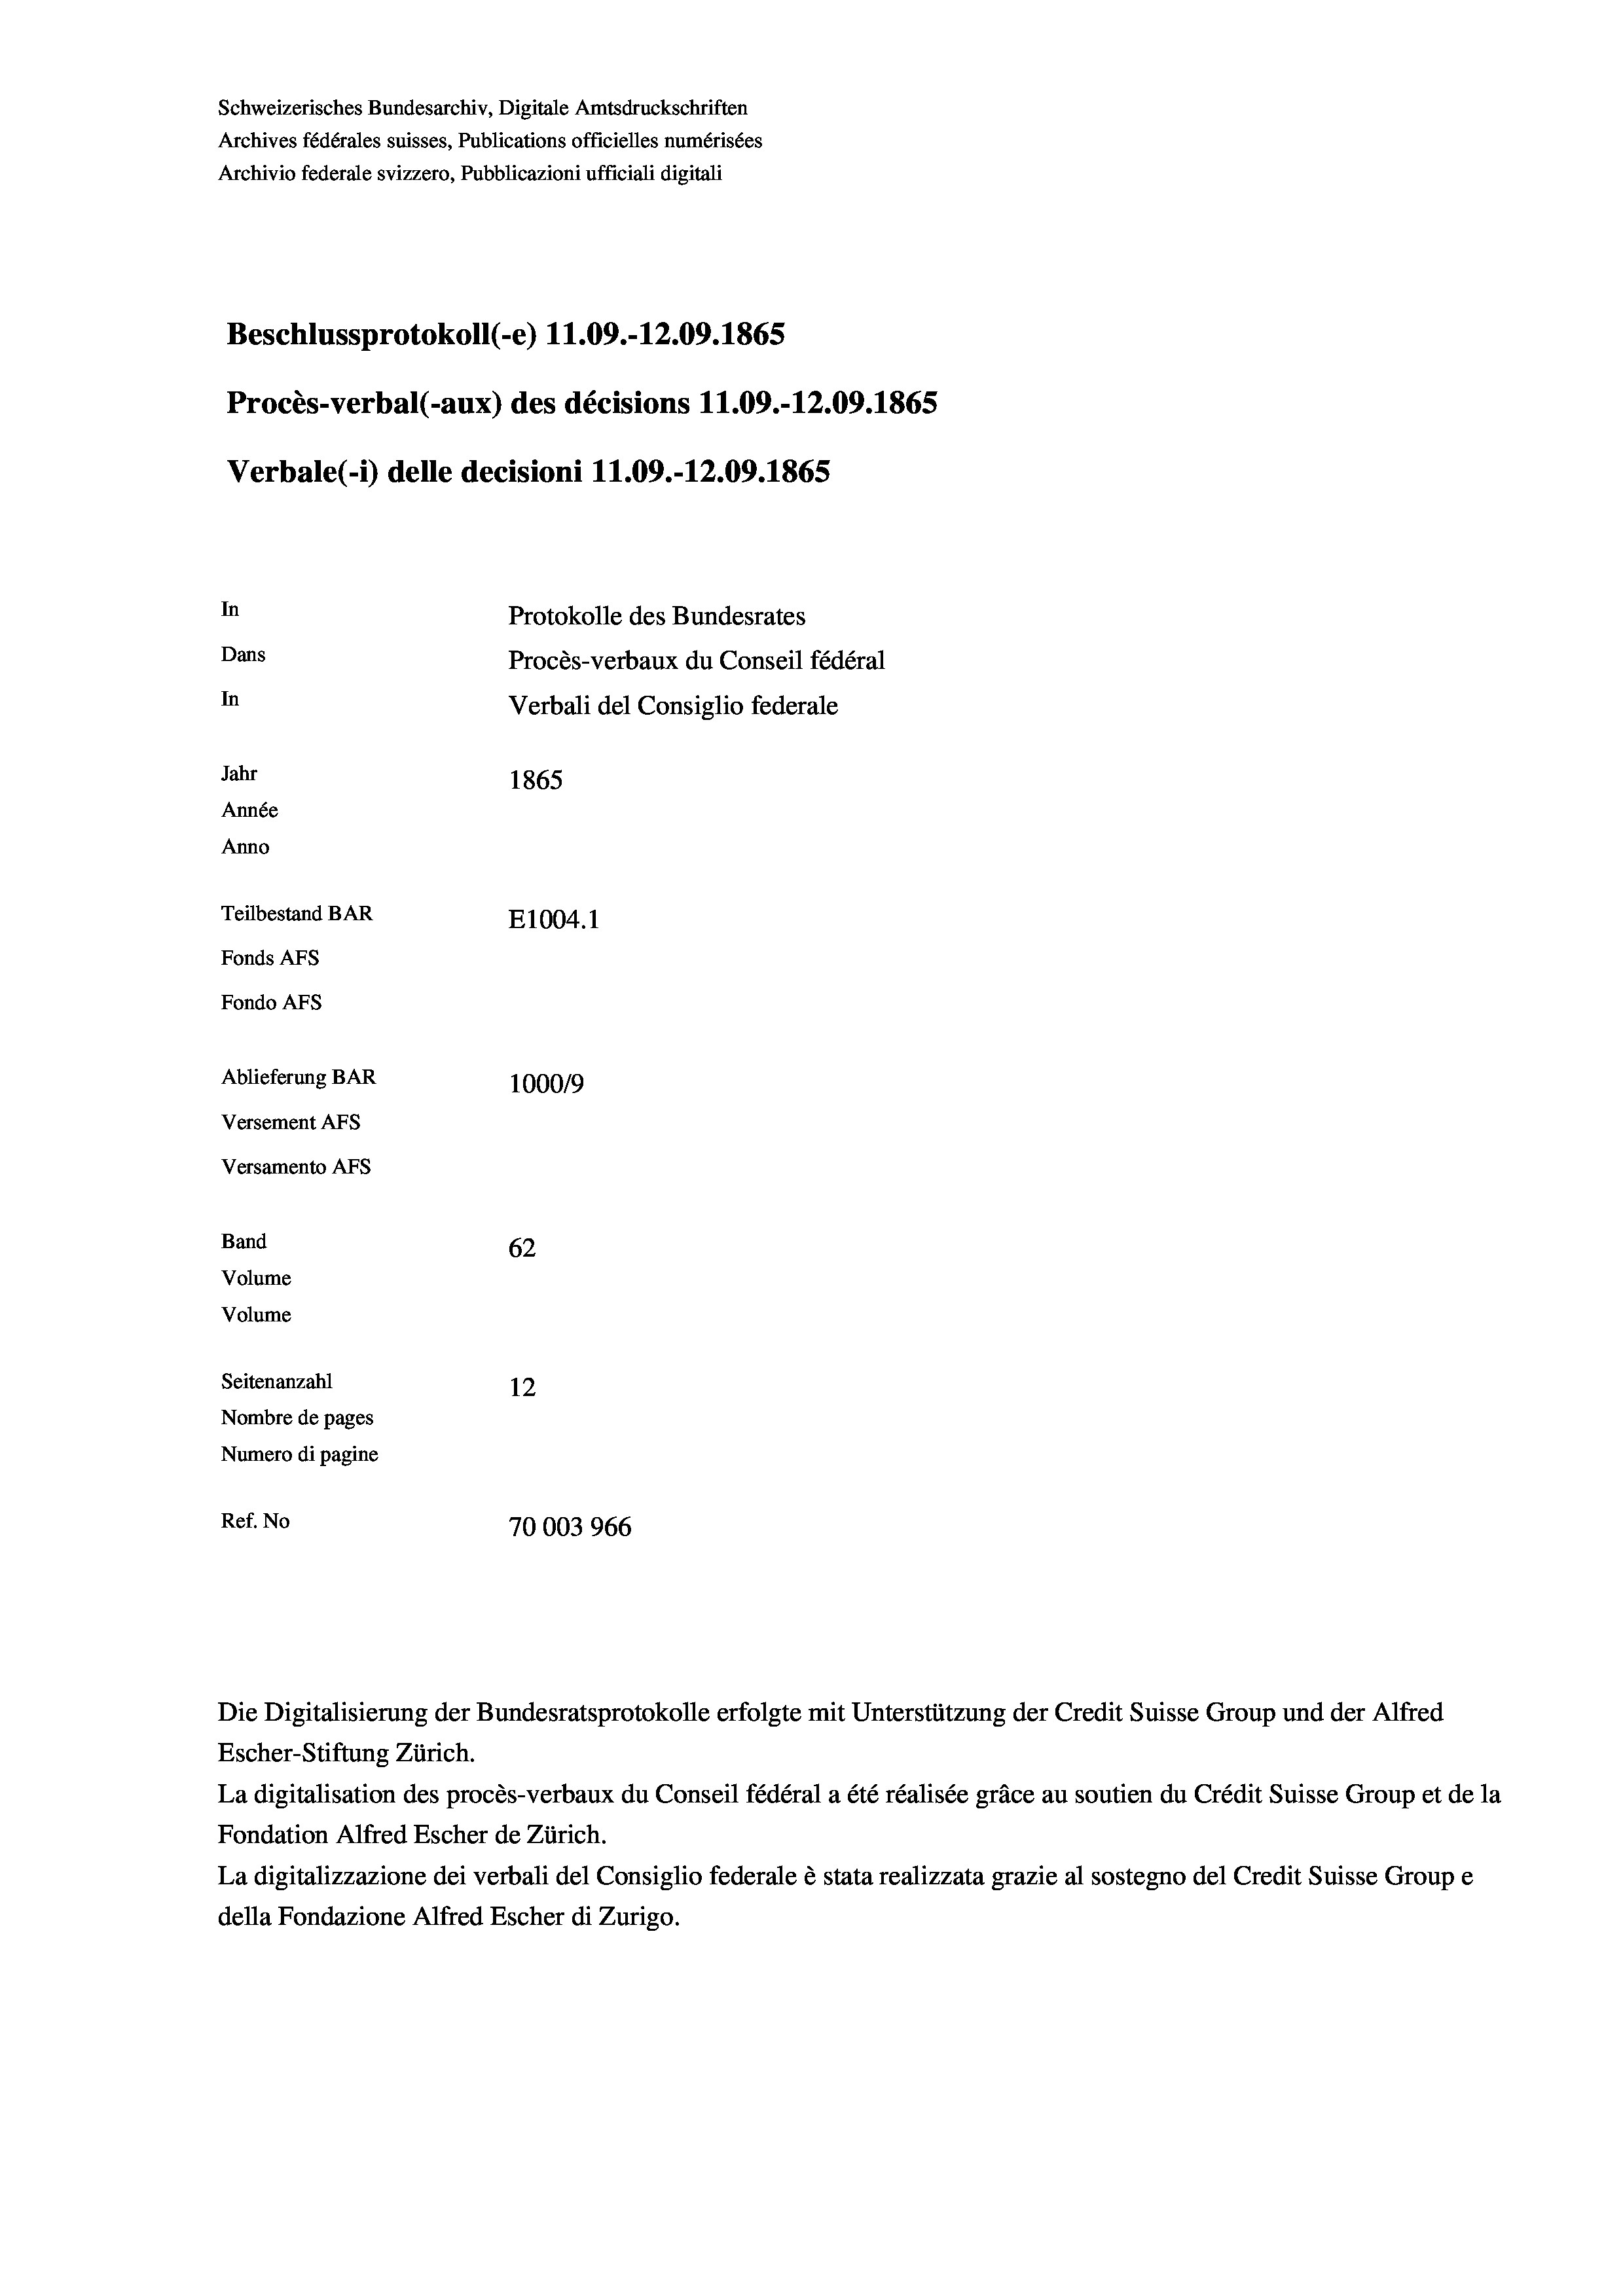
Schweizerisches Bundesarchiv, Digitale Amtsdruckschriften
Archives fédérales suisses, Publications officielles numérisées
Archivio federale svizzero, Pubblicazioni ufficiali digitali
Beschlussprotokoll (-e) 11.09.-12.09. 1865
Procès-verbal (-aux) des décisions 11.09.-12.09. 1865
Verbale (- 1) delle decisioni 11.09.-12.09. 1865
In
Protokolle des Bundesrates
Dans
Procès-verbaux du Conseil fédéral
In
Verbali del Consiglio federale
Jahr
1865
Année
Anno
Teilbestand BAR
E1004.1
Fonds AFs
Fondo Afs
Ablieferung BAR
100019
Versement AFs
Versamento AFs
Band
62
Volume
Volume
Seitenanzahl
12
Nombre de pages
Numero di pagine
Ref. No
70003966

Escher-Stiftung Zürich.
La digitalisation des procès-verbaux du Conseil fédéral a été réalisée gräce au soutien du Crédit Suisse Group et de la
Fondation Alfred Escher de Zürich.
La digitalizzazione dei verbali del Consiglio federale è stata realizzata grazie al sostegno del Credit Suisse Groupe
della Fondazione Alfred Escher di Zurigo.

Die Digitalisierung der Bundesratsprotokolle erfolgte mit Unterstützung der Credit Suisse Group und der Alfred